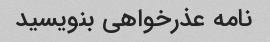
نامه عذرخواهی بنویسید